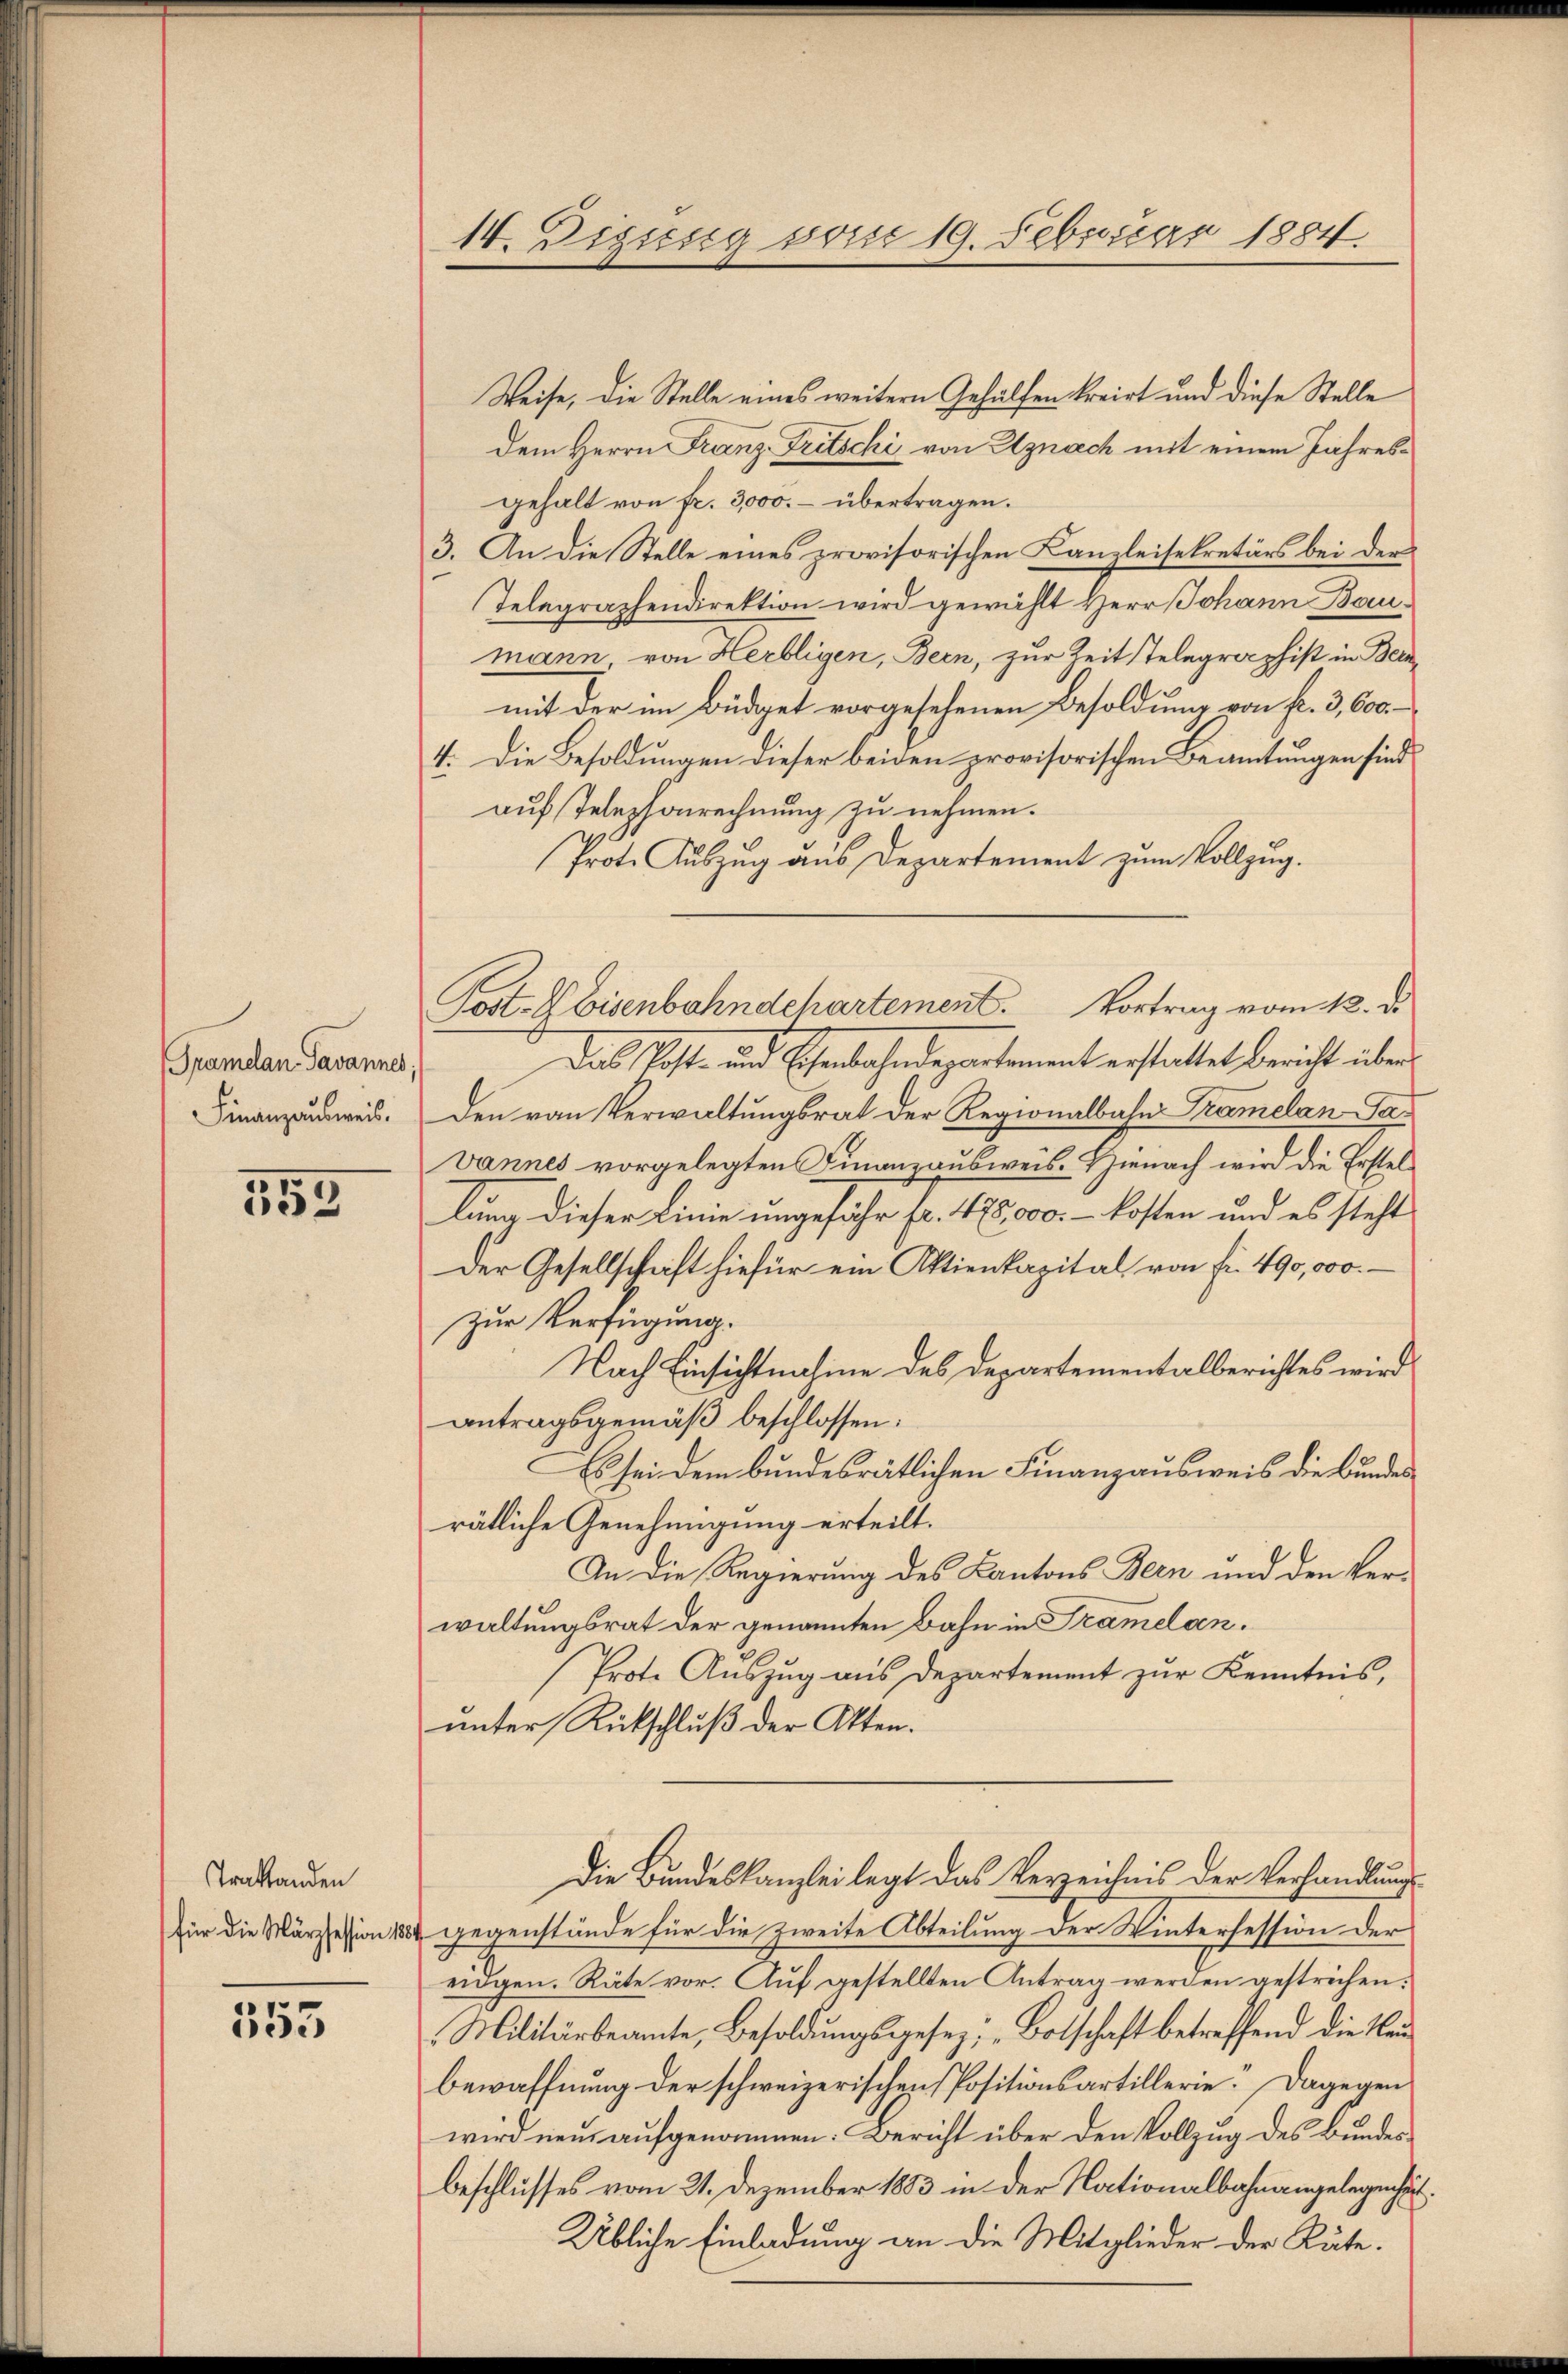
Gramelan-Tavannes,
Finanzausweis.

553

Traktanden
für die Märzsession 188

553

14. Dissesig vom 19. Februar 1884.

Weise, die Stelle eines weitern Gehülfen kreirt und diese Stelle
Dem Herrn Franz Fritschi von Uznach mit einem Jahresgehalt von fr. 3,000. – übertragen.
3. An die Stelle eines provisorischen Kanzleisekretärs bei der
Telegraphendirektion wird gewählt Herr Johann Baumann von Herbligen, Bern, zur Zeit Telegraphist in Beramit der im Büdget vorgesehenen Besoldung von Fr. 3,600
4. Die Besoldungen dieser beiden provisorischen Beamtungen sind
auf Telephonrechnung zu nehmen.
Prot. Auszug aus Departement zum Vollzug.
Das Kost- und Eisenbahndepartement erstattet bericht überden von Verwaltungsrat der Regionalbahn Tramelan-Pa¬
Vannes vorgelegten Finanzausweis. Hienach wird die Erstellung dieser Linie ungefähr fr. 475,000.- kosten und es steht
Der Gesellschaft hiefür ein Aktienkapital von fr. 490,000.
Zur Verfügung.
Nach Einsichtnahme des Departementalberichtes wird
antragsgemäß beschlossen:
Es sei dem bundesrätlichen Finanzausweis die Bundes
rätliche Genehmigung erteilt.
An die Regierung des Kantons Bern und den Verwaltungsrat der genannten Bahn in Tramelan¬
Prote Auszug aus Departement zur Kenntnis,
unter Rückschluß der Akten.
Die Bundeskanzlei legt das Verzeichnis der Verhandlungs
gegenstände für die zweite Abteilung der Winterfession der
eidgen. Räte vor. Auf gestellten Antrag werden gestrichen:
Militärbeamte, Besoldungsgesez; „Botschaft betreffend die Neubewaffnung der schweizerischen Positionsartillerie. Dagegen
wird neu aufgenommen. Bericht über den Vollzug des Bundesbeschlusses vom 21. Dezember 1883 in der Nationalbahnangelegenheit
Übliche Einladung an die Mitglieder der Räte.

Post- Ebisenbahndchartement. Vortrag vom 12. d.

z